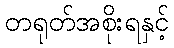
တရုတ်အစိုးရနှင့်